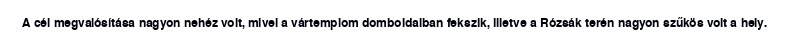
A cél megvalósítása nagyon nehéz volt, mivel a vártemplom domboldalban fekszik, illetve a Rózsák terén nagyon szűkös volt a hely.